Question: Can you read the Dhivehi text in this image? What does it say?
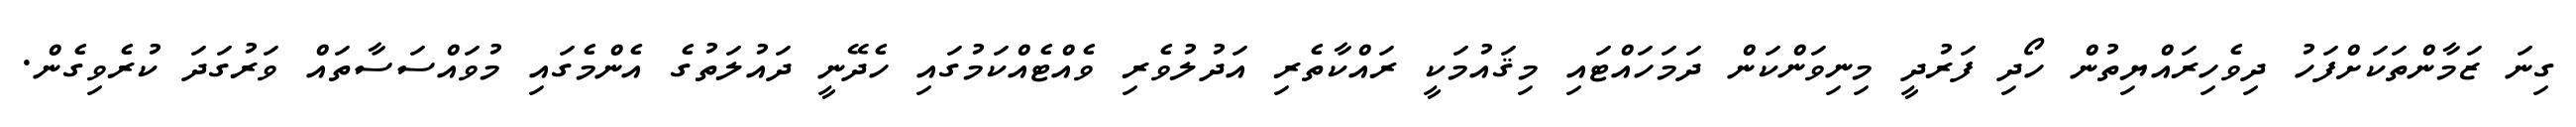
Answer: ގިނަ ޒަމާންތަކަށްފަހު ދިވެހިރައްޔިތުން ހޯދި ފަރުދީ މިނިވަންކަން ދަމަހައްޓައި މިޤައުމަކީ ރައްކާތެރި އަދުލުވެރި ވެއްޓެއްކަމުގައި ހެދޭނީ ދައުލަތުގެ އެންމެގައި މުވައްސަސާތައް ވަރުގަދަ ކުރެވިގެން.